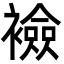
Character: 襝